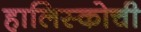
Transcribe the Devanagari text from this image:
हालिस्कोची